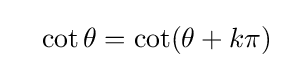
\quad \cot \theta =\cot(\theta +k\pi )